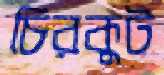
চিরকুট